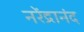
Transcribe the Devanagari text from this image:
नरेंद्रानंद